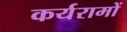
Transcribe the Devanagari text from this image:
कर्यरामों